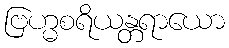
ဗြဟ္မစရိယန္တရာယော